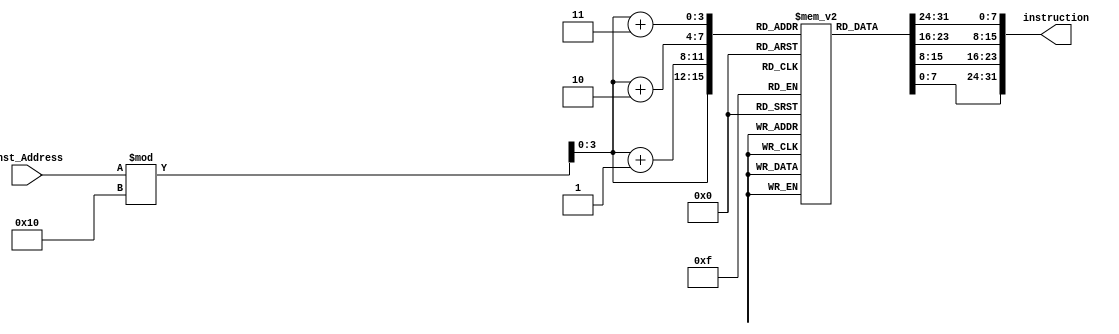
module Instruction_Memory(
	input [63:0] Inst_Address,
	output reg [31:0] instruction
);

reg [7:0] Instructions [15:0];
reg [7:0] i1;
reg [7:0] i2;
reg [7:0] i3;
reg [7:0] i4;
initial
begin
	Instructions[0] = 8'b10110011;
	Instructions[1] = 8'b00000100;
	Instructions[2] = 8'b10110101;
	Instructions[3] = 8'b00000000;
	Instructions[4] = 8'b00110011;
	Instructions[5] = 8'b10000110;
	Instructions[6] = 8'b11010100;
	Instructions[7] = 8'b01000000;
	Instructions[8] = 8'b10110011;
	Instructions[9] = 8'b01100110;
	Instructions[10] = 8'b10010110;
	Instructions[11] = 8'b00000000;
	Instructions[12] = 8'b10110011;
	Instructions[13] = 8'b11110101;
	Instructions[14] = 8'b10010110;
	Instructions[15] = 8'b00000000;
end

always @ (Inst_Address)
begin
	i1 = Instructions[Inst_Address % 16];
	i2 = Instructions[Inst_Address % 16 + 1];
	i3 = Instructions[Inst_Address % 16 + 2];
	i4 = Instructions[Inst_Address % 16 + 3];
	instruction = {i4, i3, i2, i1};
end
endmodule